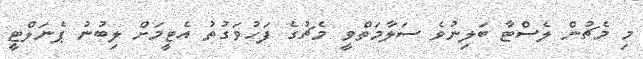
މި މެޗުން ލެސްޓާ ބަލިނުވެ ސަލާމަތްވީ މެޗުގެ ފަހުވަގުތު އެޓީމަށް ލިބުނު ޕެނަލްޓީ